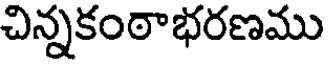
చిన్నకంఠాభరణము